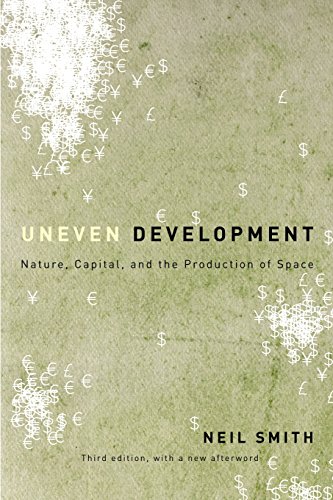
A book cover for Uneven Development: Nature, Capital, and the Production of Space; Neil Smith; Business & Money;